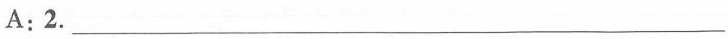
A: 2.\underline